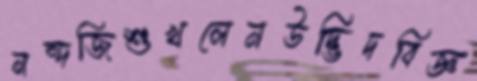
নন্দজিশুখলেনউদ্ভিদবিজ্ঞ